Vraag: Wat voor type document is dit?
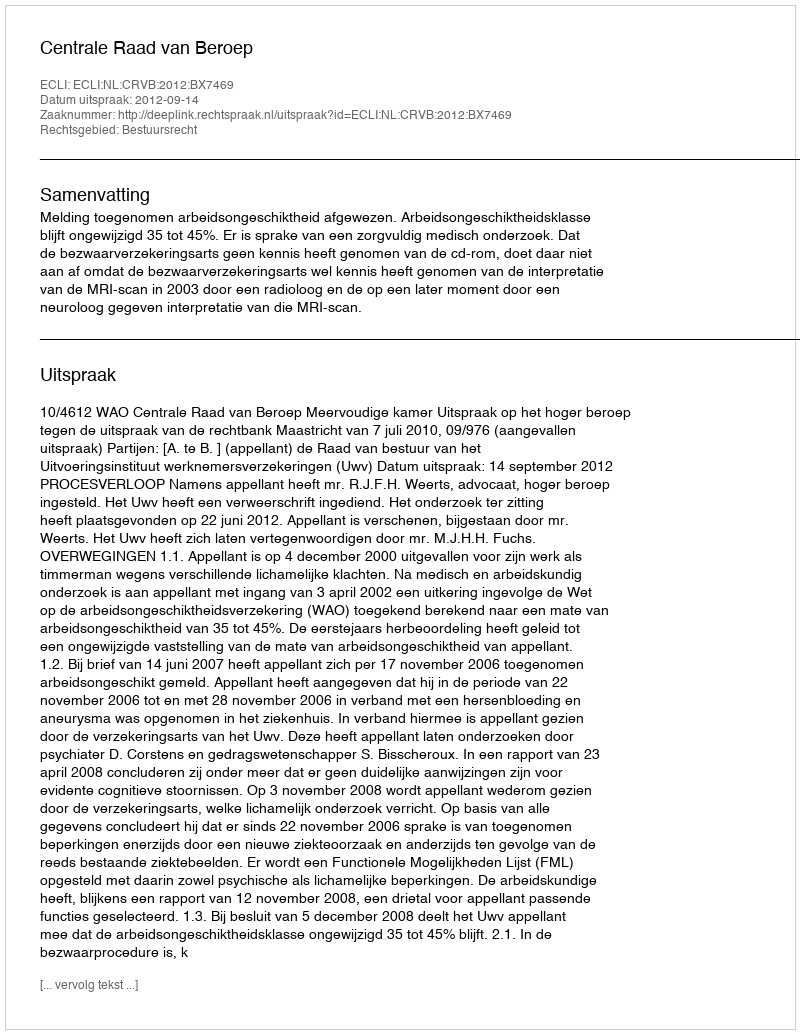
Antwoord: Uitspraak